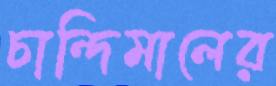
চান্দিমালের